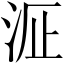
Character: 𱦉